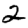
Digit: 2